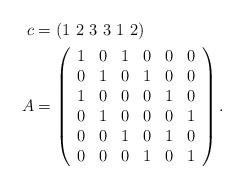
LaTeX: \begin{align*}c &= \left(1\ 2\ 3\ 3\ 1\ 2\right)\\A &= \left(\begin{array}{cccccc}1 & 0 & 1 & 0 & 0 & 0\\0 & 1 & 0 & 1 & 0 & 0\\1 & 0 & 0 & 0 & 1 & 0\\0 & 1 & 0 & 0 & 0 & 1\\0 & 0 & 1 & 0 & 1 & 0\\0 & 0 & 0 & 1 & 0 & 1\\\end{array}\right).\end{align*}